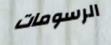
الرسومات